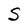
Character: S